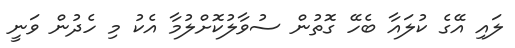
ލައި އޭގެ ކުލައާ ބެހޭ ގޮތުން ސުވާލުކޮށްލުމާ އެކު މި ހެދުން ވަނީ